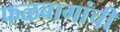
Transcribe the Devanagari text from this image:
फळबागांची